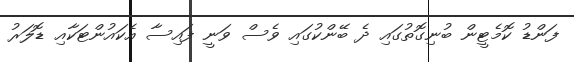
ފަންޑު ކޮމެޓީން ބުނިގޮތުގައި ދެ ބޭންކުގައި ވެސް ވަނީ ފައިސާ އެކައުންޓަކާއި ޑޮލަރު